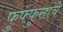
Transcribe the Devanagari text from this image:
फुफ्फुसांचे